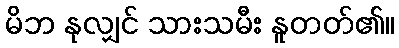
မိဘ နုလျှင် သားသမီး နူတတ်၏။